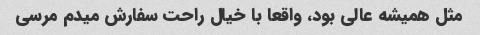
مثل همیشه عالی بود، واقعا با خیال راحت سفارش میدم مرسی